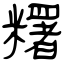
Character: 糬